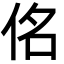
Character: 佲